On the action of the venoms of the cobra (Naja tripudians) and of the daboia (Daboia russellii) on the red blood corpuscles and on the blood plasma - Number 4
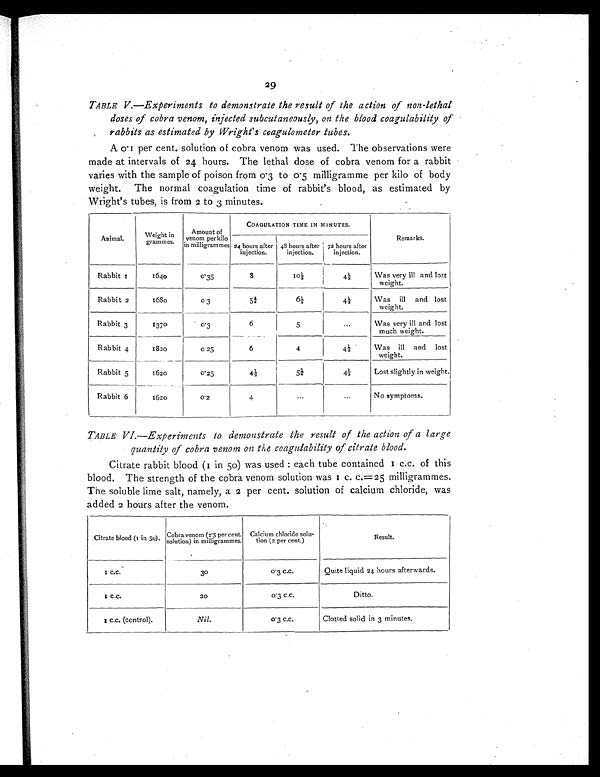
29
TABLE V.—Experiments to demonstrate the result of the action of non-lethal
doses of cobra venom, injected subcutaneously, on the blood coagulability of
rabbits as estimated by Wright's coagulometer tubes.
A 0.1 per cent. solution of cobra venom was used. The observations were
made at intervals of 24 hours. The lethal dose of cobra venom for a rabbit
varies with the sample of poison from 0.3 to 0.5 milligramme per kilo of body
weight. The normal coagulation time of rabbit's blood, as estimated by
Wright's tubes, is from 2 to minutes.
Animal
Weight in
grammes.
Amount o f v e n o m
p e r k i l o i n m i l l i g r a m m e s
COAGULATION TIME IN MINUTES.
Remarks.
24 hours after
injection.
48 hours after
injection.
72 hours after
injection.
Rabbit I
1640
0 . 3 5
8
1 0 ½
4 ½
Was very ill and lost
weight.
Rabbit 2
1680
0.3
5 ½
6 ½
4 ½ Was ill and lost
weight.
Rabbit 3
1370
0 . 3
6
5
...
Was very ill and lost
much weight.
Rabbit 4
1820
0 25
6
4
4 ½
Was ill and lost
weight.
Rabbit 5
1620
0.25
4 ½
5 ¼
4 ½ Lost slightly in weight.
Rabbit 6
1620
0.2
4
. . .
. . . No symptoms.
TABLE VI.—Experiments to demonstrate the result of the action of a large
quantity of cobra venom on the coagulability of citrate blood.
Citrate rabbit blood (I in 50) was used : each tube contained 1 c.c. of this
blood. The strength of the cobra venom solution was 1 c. c. = 25 milligrammes.
The soluble lime salt, namely, a 2 per cent. solution of calcium chloride, was
added 2 hours after the venom.
Citrate blood (1 in 50). Cobra venom (2.5 per cent.
solution) in milligrammes.
Calcium chloride solu-
tion (2 per cent.)
Result.
I c.c.
30
0 . 3 c . c . Quite liquid 24 hours afterwards.
1 c.c.
20
0.3 c.c.
Ditto.
1 c.c. (control).
Nil.
0 . 3 c . c . Clotted solid in 3 minutes.